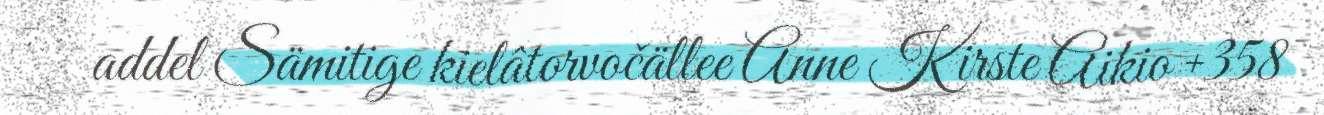
addel Sämitige kielâtorvočällee Anne Kirste Aikio +358